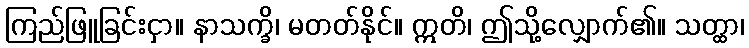
ကြည်ဖြူခြင်းငှာ။ နာသက္ခိ၊ မတတ်နိုင်။ ဣတိ၊ ဤသို့လျှောက်၏။ သတ္ထာ၊